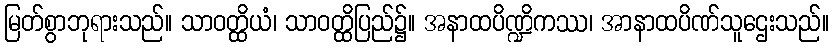
မြတ်စွာဘုရားသည်။ သာဝတ္ထိယံ၊ သာဝတ္ထိပြည်၌။ အနာထပိဏ္ဍိကဿ၊ အာနာထပိဏ်သူဌေးသည်။